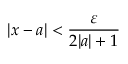
| x - a | < { \frac { \varepsilon } { 2 | a | + 1 } }